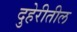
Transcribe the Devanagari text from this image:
दुहेरीतील